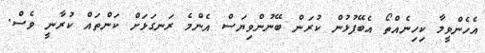
އެހެންވީމާ ކިހިނެއްތޯ އެބޭފުޅުން ކުރަން ބޭނުންވިޔަސް އެންމެ ރަނގަޅަށް ކަންތައް ކުރާނީ ވެސް.